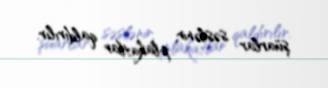
şüarlar səslənir, plakatlar qaldırılır.